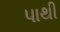
પાથી